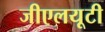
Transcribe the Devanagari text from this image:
जीएलयूटी